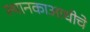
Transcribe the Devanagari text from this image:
स्थानकाआधीचे